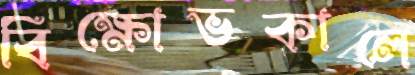
বিক্ষোভকালে